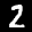
Label: 2